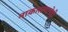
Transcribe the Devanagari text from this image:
नाकारल्याचेही